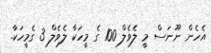
އެހެން ނޫނަސް މީ ލެވެލް 100 ގެ މީހަކާ ލެވެލް 3 ގެމީހަކާ.